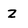
Character: Z